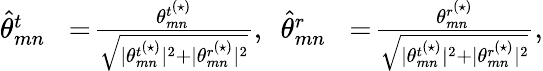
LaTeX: \begin{array}{rlrl}{\hat{\theta}_{mn}^{t}}&{\! =\! \frac{{\theta}_{mn}^{t^{(\star)}}}{\sqrt{|{\theta}_{mn}^{t^{(\star)}}|^{2}+|{\theta}_{mn}^{r^{(\star)}}|^{2}}},}&{\! \! \hat{\theta}_{mn}^{r}}&{\! =\! \frac{{\theta}_{mn}^{r^{(\star)}}}{\sqrt{|{\theta}_{mn}^{t^{(\star)}}|^{2}+|{\theta}_{mn}^{r^{(\star)}}|^{2}}},}\end{array}